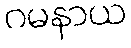
ဂမနာယ